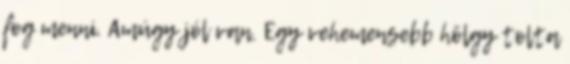
fog menni. Amúgy jól van. Egy vehemensebb hölgy tolta